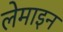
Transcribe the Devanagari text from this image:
लेमाइन